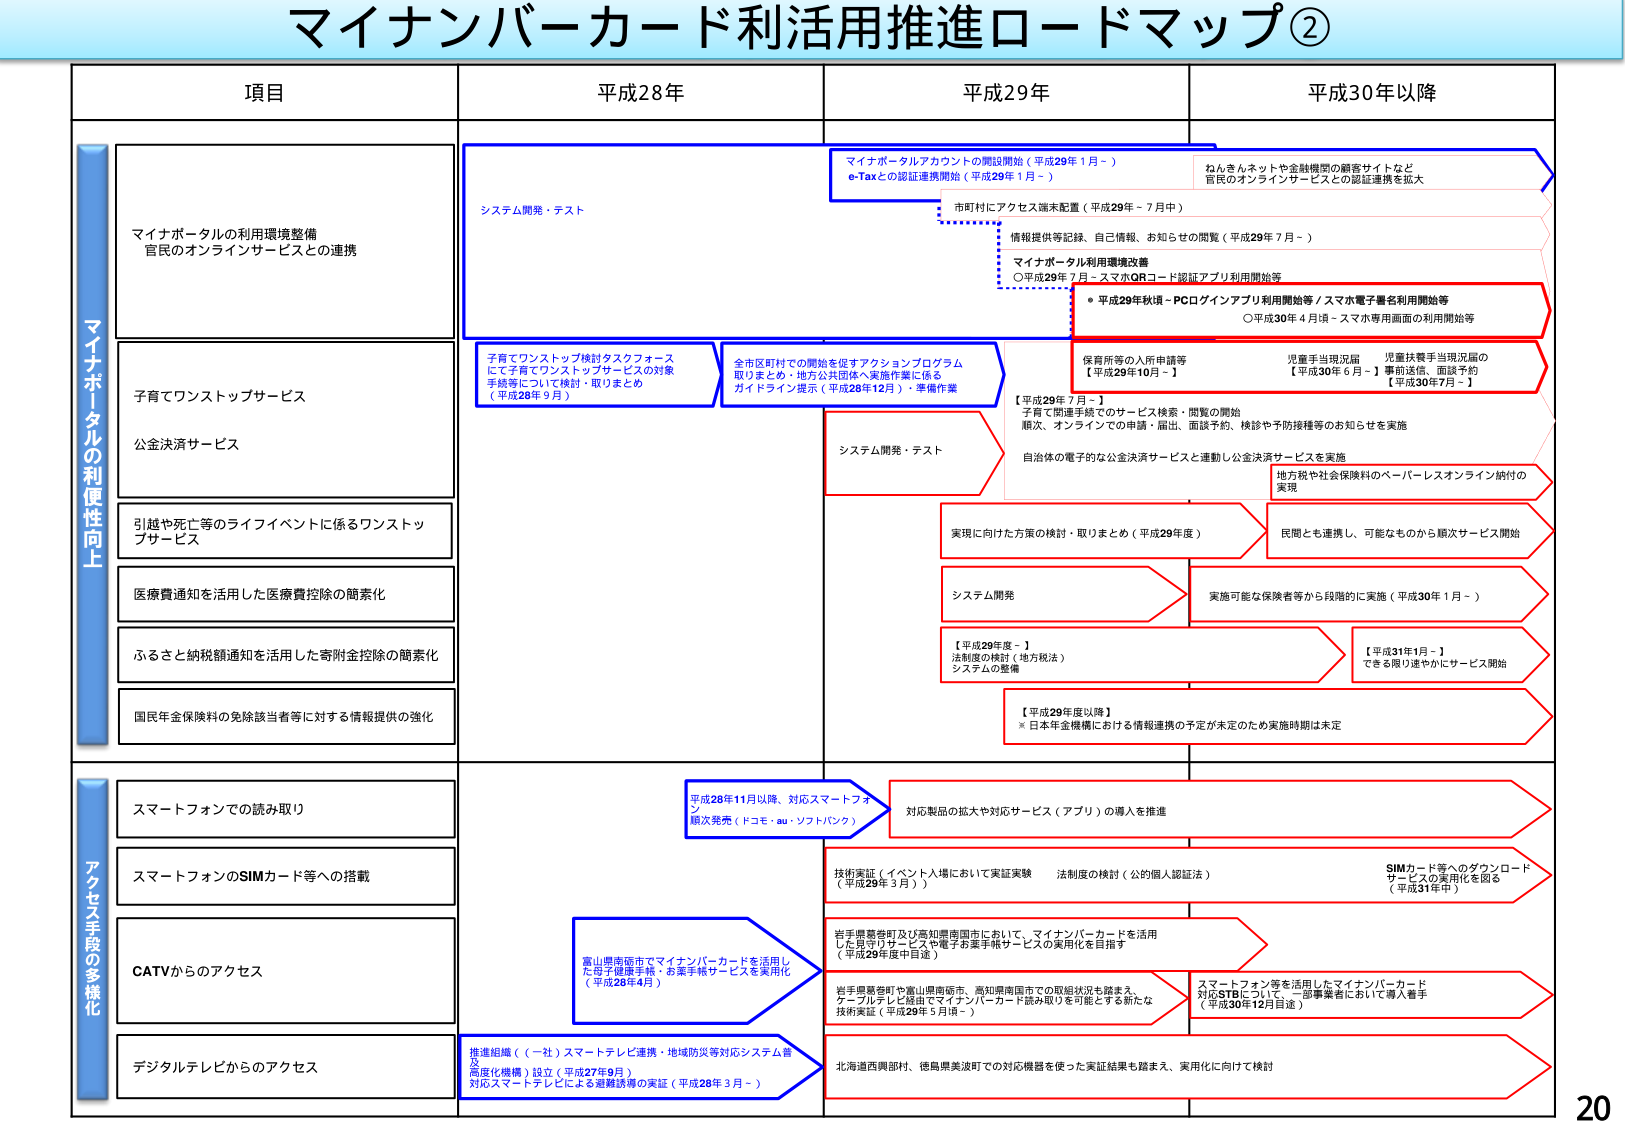
マイナンバーカード利活用推進ロードマップ②

項目 平成28年 平成29年 平成30年以降

マイナポータルの利便性向上

マイナポータルの利用環境整備
官民のオンラインサービスとの連携

システム開発・テスト

マイナポータルアカウントの開設開始（平成29年1月～）
e-Taxとの認証連携開始（平成29年1月～）

市町村にアクセス端末配置（平成29年～7月中）

情報提供等記録、自己情報、お知らせの閲覧（平成29年7月～）

マイナポータル利用環境改善
○平成29年7月～スマホQRコード認証アプリ利用開始等

・平成29年秋頃～PCログインアプリ利用開始等／スマホ電子署名利用開始等
○平成30年4月頃～スマホ専用画面の利用開始等

ねんきんネットや金融機関の顧客サイトなど
官民のオンラインサービスとの認証連携を拡大

子育てワンストップサービス

子育てワンストップ検討タスクフォース
にて子育てワンストップサービスの対象
手続きについて検討・取りまとめ
（平成28年9月）

全市町村での開始を促すアクションプログラム
取りまとめ、地方公共団体へ実施作業に係る
ガイドライン提示（平成28年12月）・準備作業

【平成29年7月～】
子育て関連手続でのサービス検索・閲覧の開始
順次、オンラインでの申請・届出、面談予約、検診や予防接種等のお知らせを実施

保育所等の入所申請等
【平成29年10月～】

児童手当現況届
【平成30年6月～】

児童扶養手当現況届の
事前送信、面談予約
【平成30年7月～】

公金決済サービス

システム開発・テスト

自治体の電子的な公金決済サービスと連動し公金決済サービスを実施

地方税や社会保険料のペーパーレスオンライン納付の
実現

引越や死亡等のライフイベントに係るワンストップサービス

実現に向けた方策の検討・取りまとめ（平成29年度）

民間とも連携し、可能なものから順次サービス開始

医療費通知を活用した医療費控除の簡素化

システム開発

実施可能な保険者等から段階的に実施（平成30年1月～）

ふるさと納税額通知を活用した寄附金控除の簡素化

【平成29年度～】
法制度の検討（地方税法）
システムの整備

【平成31年1月～】
できる限り速やかにサービス開始

国民年金保険料の免除該当者等に対する情報提供の強化

【平成29年度以降】
※日本年金機構における情報連携の予定が未定のため実施時期は未定

アクセス手段の多様化

スマートフォンでの読み取り

平成28年11月以降、対応スマートフォン
順次発売（ドコモ・au・ソフトバンク）

対応製品の拡大や対応サービス（アプリ）の導入を推進

スマートフォンのSIMカード等への搭載

技術実証（イベント入場において実証実験
（平成29年3月））
法制度の検討（公的個人認証法）
SIMカード等へのダウンロード
サービスの実用化を図る
（平成31年中）

CATVからのアクセス

富山県南砺市でマイナンバーカードを活用し
た母子健康手帳・お薬手帳サービスを実用化
（平成28年4月）

岩手県葛巻町及び高知県南国市において、マイナンバーカードを活用
した母子健康サービスや電子お薬手帳サービスの実用化を目指す
（平成29年中目途）

岩手県葛巻町や富山県南砺市、高知県南国市での取組状況を踏まえ、
ケーブルテレビ経由でマイナンバーカード読み取りを可能とする新たな
技術実証（平成29年5月頃～）

スマートフォン等を活用したマイナンバーカード
対応STBに対して、一部事業者において導入着手
（平成30年12月目途）

デジタルテレビからのアクセス

推進組織（（一社）スマートテレビ連携・地域防災等対応システム普及
高度化機構）設立（平成27年9月）
対応スマートテレビによる避難誘導の実証（平成28年3月～）

北海道西興部村、徳島県美波町での対応機器を使った実証結果も踏まえ、実用化に向けて検討

20